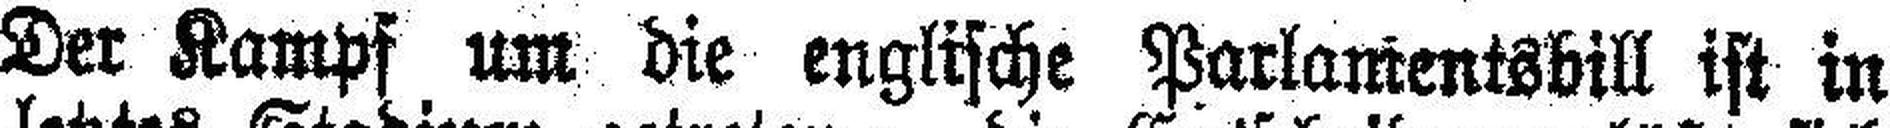
Der Kampf um die englische Parlamentsbill ist in